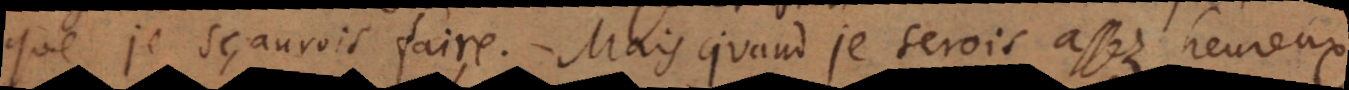
que je sçaurois faire. Mais quand je serois assez heureux